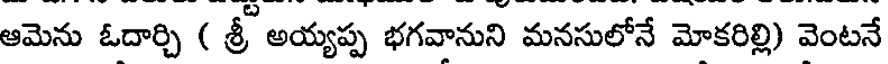
ఆమెను ఓదార్చి ( శ్రీ అయ్యప్ప భగవానుని మనసులోనే మోకరిల్లి) వెంటనే